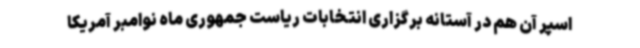
اسپر آن هم در آستانه برگزاری انتخابات ریاست جمهوری ماه نوامبر آمریکا